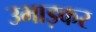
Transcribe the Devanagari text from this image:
उभाड़कर